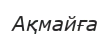
Ақмайға